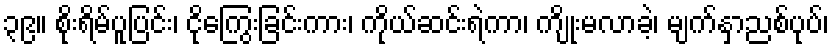
၃၉။ စိုးရိမ်ပူပြင်း၊ ငိုကြွေးခြင်းကား၊ ကိုယ်ဆင်းရဲကာ၊ ကျိုးမလာခဲ့၊ မျက်နှာညစ်ပုပ်၊